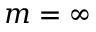
m = \infty